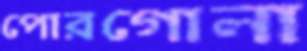
পোরগোলা